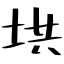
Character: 垬